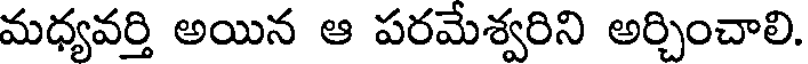
మధ్యవర్తి అయిన ఆ పరమేశ్వరిని అర్చించాలి.